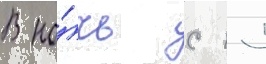
В но́чь с 15